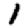
Digit: 1